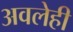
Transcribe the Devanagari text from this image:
अवलेही